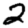
Digit: 2